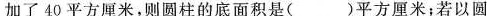
加了40平方厘米，则圆柱的底面积是()平方厘米；若以圆